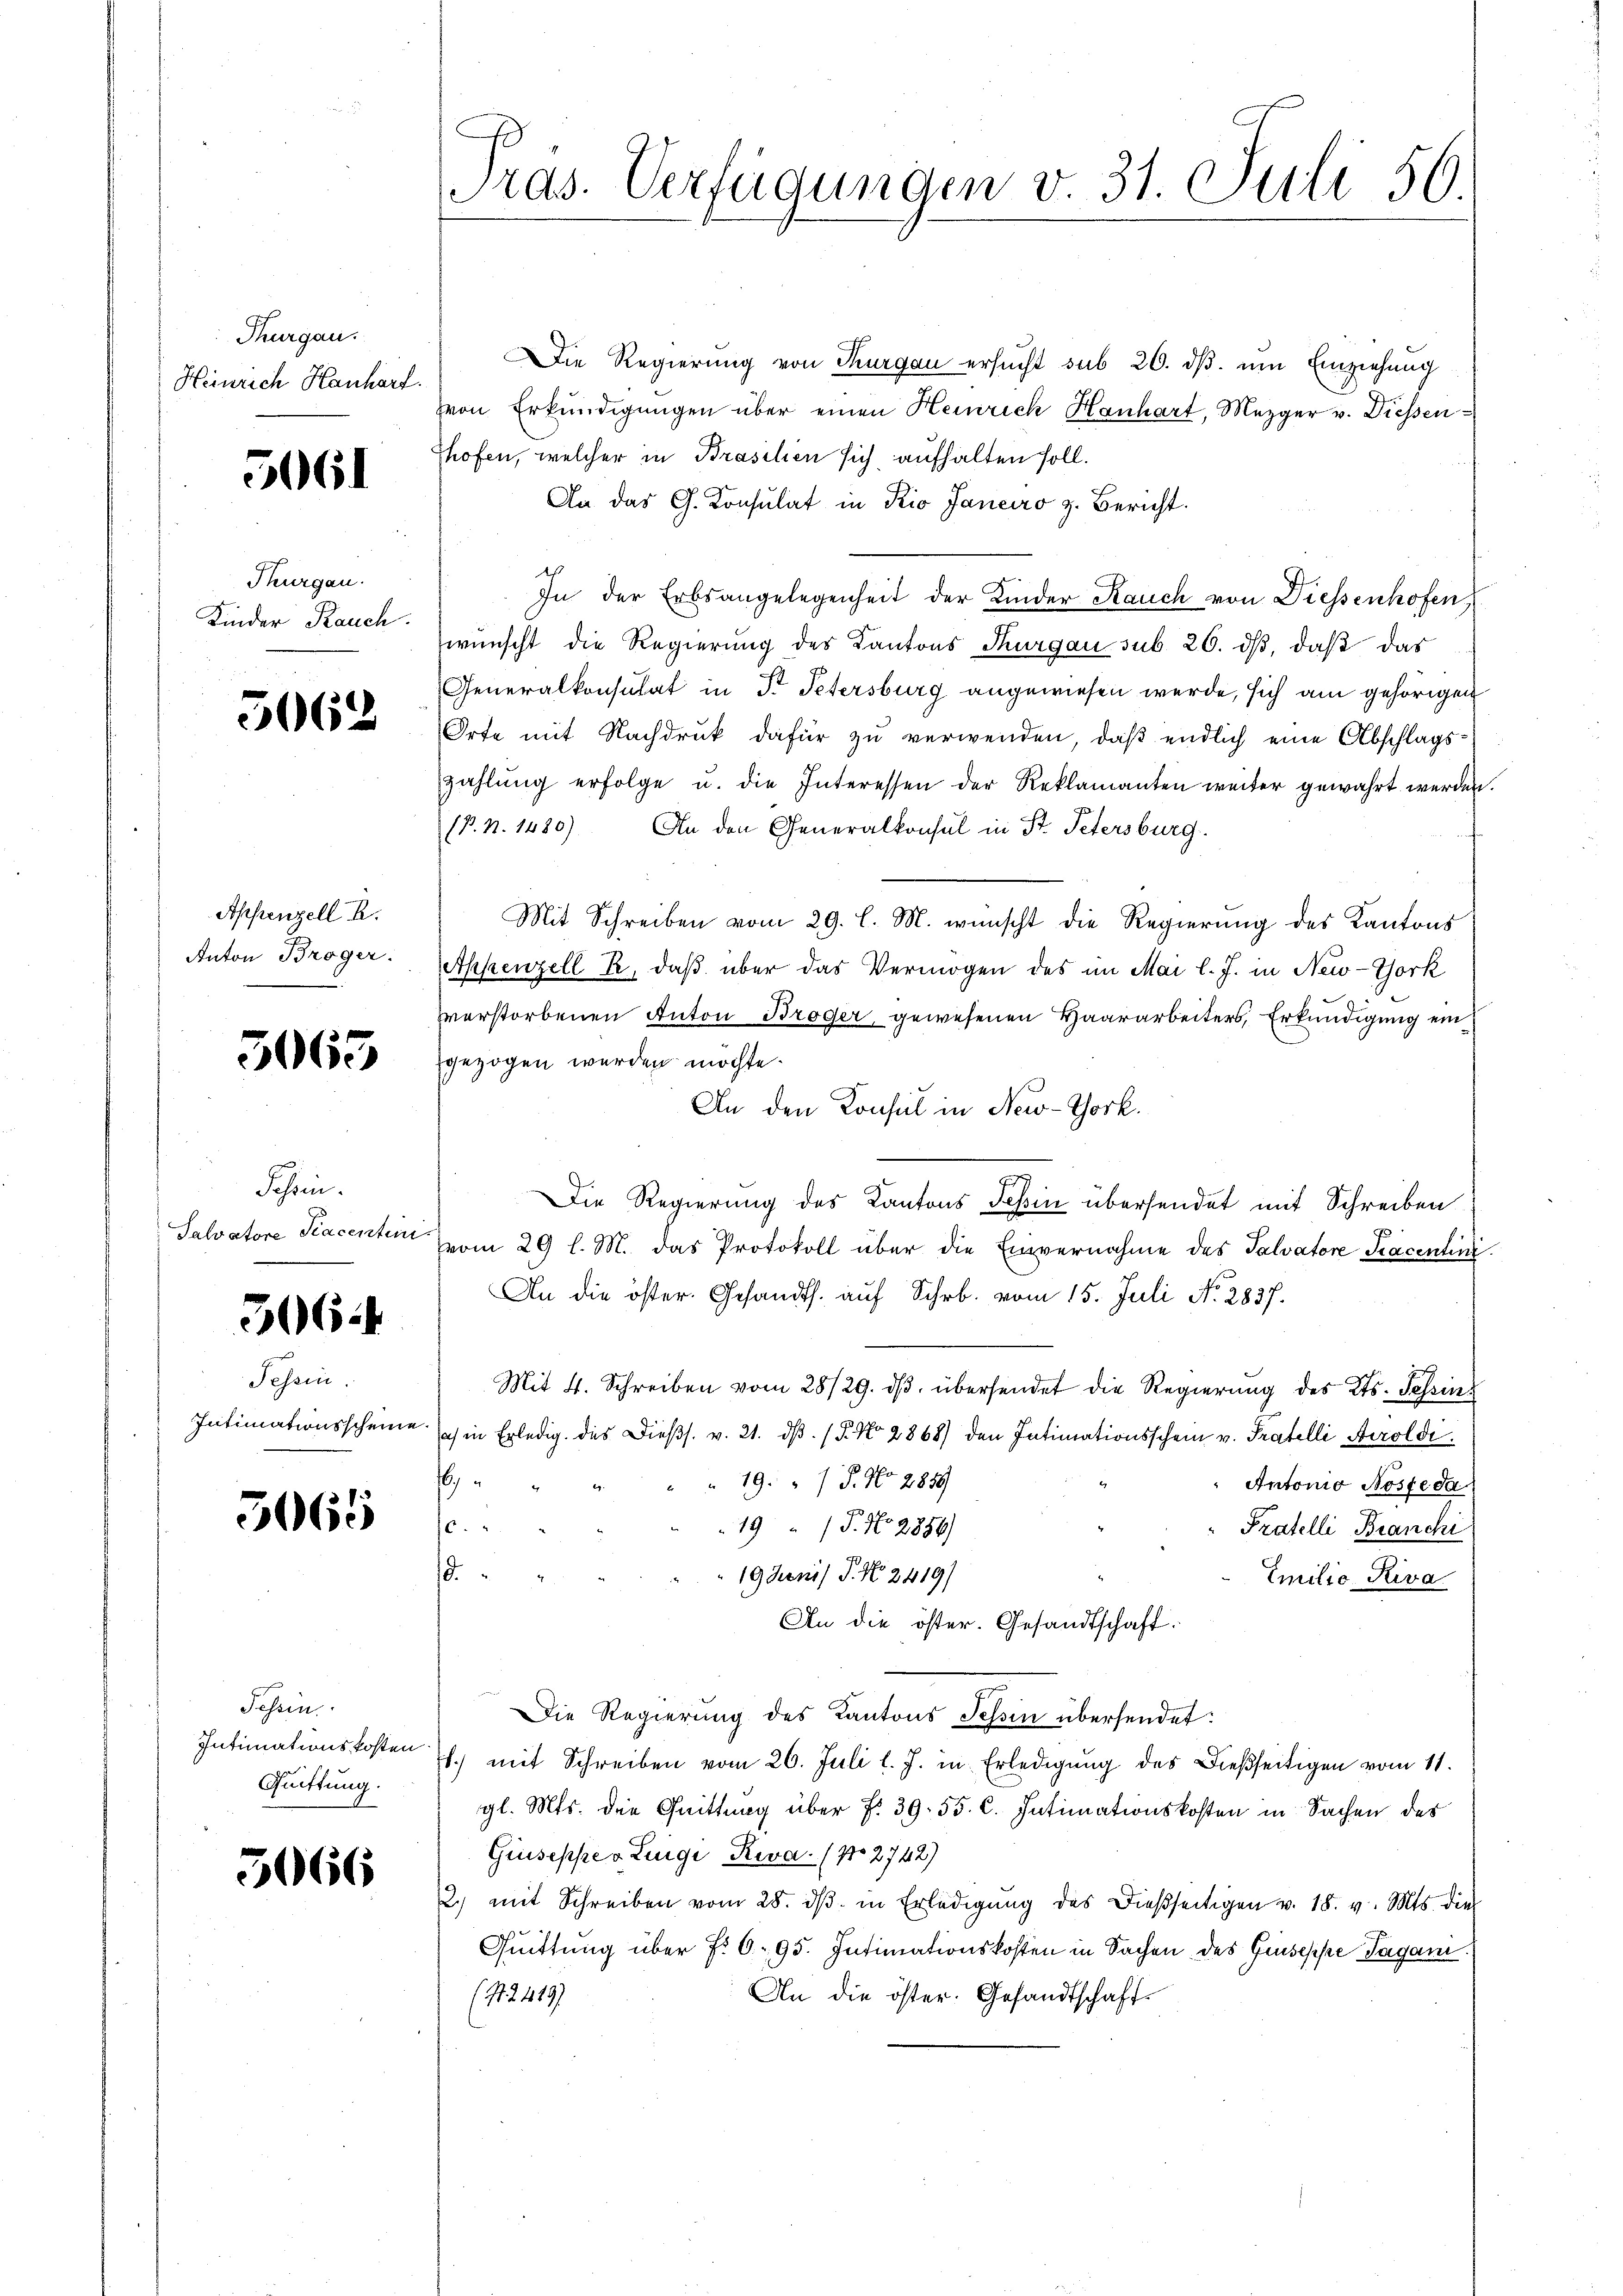
Thurgau.
Heinrich Hanhart.

5061

Thurgau.
Kinder Rauch.

5062

Appenzell A.
Anton Broger.

5063

Fehren.
Talvatore Piacenten

306.

Tessin
Intimationsscheine

506

Tessin.
Intimationskosten
Quittung.

5066

Tras. Verfügungen v. 31. Juli 56

Die Regierung von Thurgau ersucht sub 20. dβ. um Einziehung
von Erkundigungen über einen Heinrich Hanhart, Mezger v. Diessen
Thofen, welcher in Prasilien sich aufhalten soll.
An das G. Consulat in Kio Janeiro z. Bericht.
ds
In der Erbsangelegenheit der Kinder Rauch von Diessenhofen
wünscht die Regierung des Kantons Thurgau sub. 26. dβ, daß das
Generalkonsulat in P. Petersburg angewiesen werde, sich am gehörigen
Orte mit Nachdruck dafür zu verwenden, daß endlich eine Abschlagszahlŭng erfolge u. die Interessen der Reklamanten weiter gewahrt werden.
(P. n. 1420) An den Generalkonsul in St. Petersburg
Mit Schreiben vom 29. l. M. wünscht die Regierung des Kantons
Appenzell R. daß über das Vermögen des im Mai l. J. in New-York
zverstorbenen Anton Broger, gewesenen Haararbeiters, Erkundigung ein
gezogen werden möchte.
An den Konsul in New-York.
Die Regierung des Kantons Tessin übersendet mit Schreiben
vom 29 l. M. das Protokoll über die Einvernahme des Salvatore Pracentini.
An die öster. Gesandts. auf Schr. vom 15. Juli No. 2827.
Mit 4. Schreiben vom 28/29. dβ übersendet die Regierung des Kts. Tessin
ec in Erledig. des Dieβs. v. 21. dβ. (§. No 2868) den Intimationsschein v. Fratelli Airoldi¬
6
 19. P. No 2859
Antonio Noste da
.
19 P. No 2856)
Pratelli Branchi
19
19 Junis P. Nr. 2419/
Emilie Riva
An die öster. Gesandtschaft.
Die Regierung des Kantons Tessin übersendet:
1.) mit Schreiben vom 26. Juli l. J. in Erledigŭng des dießseitigen vom 11.
gl. Mts. die Quittag über f. 39. 55. C. Intimationskosten in Sachen des
Giuseppe v Luigi, Riva. (12742)
2. mit Schreiben vom 28. dβ in Erledigŭng des dießseitigen v. 18. v. Mts. die
Quittung über f. 695. Intimationskosten in Sachen des Gruseppe Tagam.
An die öster. Gesandtschaff¬
(124197